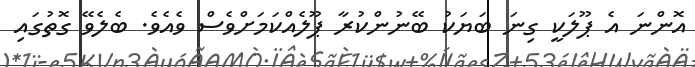
އޮންނަ އެ ޕޫލަކީ ގިނަ ބަޔަކު ބޭނުންކުރާ ޕޫލެއްކަމަށްވެސް ވެއެވެ. ބެލެވޭ ގޮތުގައި